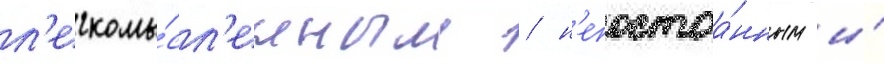
л'егкомы́сл'енным / н'епостоа́нным и́